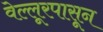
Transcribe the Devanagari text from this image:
वेल्लूरपासून